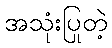
အသုံးပြုတဲ့